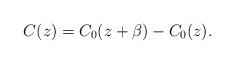
LaTeX: \begin{align*}C(z)=C_0(z+\beta)-C_0(z).\end{align*}